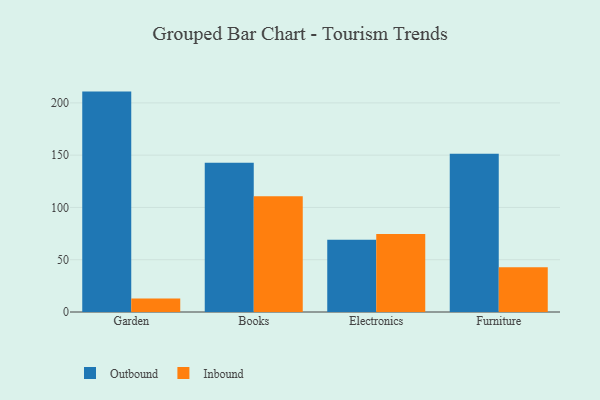
{"axis": {"x": "Category", "y": "LTV (USD)"}, "legend": ["Inbound", "Outbound"], "data": [{"x": "Garden", "y": 210.8, "type": "Outbound"}, {"x": "Garden", "y": 12.8, "type": "Inbound"}, {"x": "Books", "y": 142.8, "type": "Outbound"}, {"x": "Books", "y": 110.6, "type": "Inbound"}, {"x": "Electronics", "y": 69.0, "type": "Outbound"}, {"x": "Electronics", "y": 74.5, "type": "Inbound"}, {"x": "Furniture", "y": 151.3, "type": "Outbound"}, {"x": "Furniture", "y": 42.7, "type": "Inbound"}]}